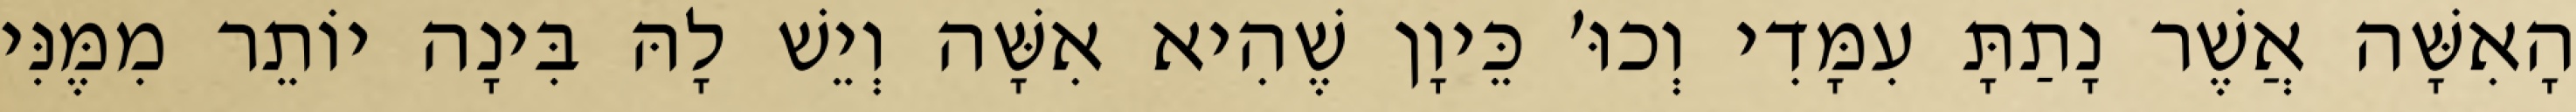
הָאִשָּׁה אֲשֶׁר נָתַתָּ עִמָּדִי וְכוּ׳ כֵּיוָן שֶׁהִיא אִשָּׁה וְיֵשׁ לָהּ בִּינָה יוֹתֵר מִמֶּנִּי